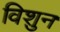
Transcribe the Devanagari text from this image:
विशुन